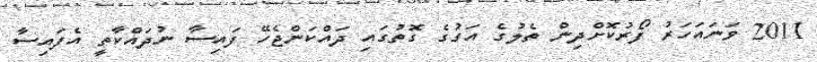
2011 ވަނައަހަރު ފޯރުކޮށްދިން ތެލުގެ އަގުގެ ގޮތުގައި ދައްކަންޖެހޭ ފައިސާ ނުދައްކާތީ އެފައިސާ